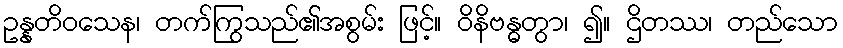
ဥန္နတိဝသေန၊ တက်ကြွသည်၏အစွမ်း ဖြင့်။ ဝိနိဗန္ဓတွာ၊ ၍။ ဌိတဿ၊ တည်သော